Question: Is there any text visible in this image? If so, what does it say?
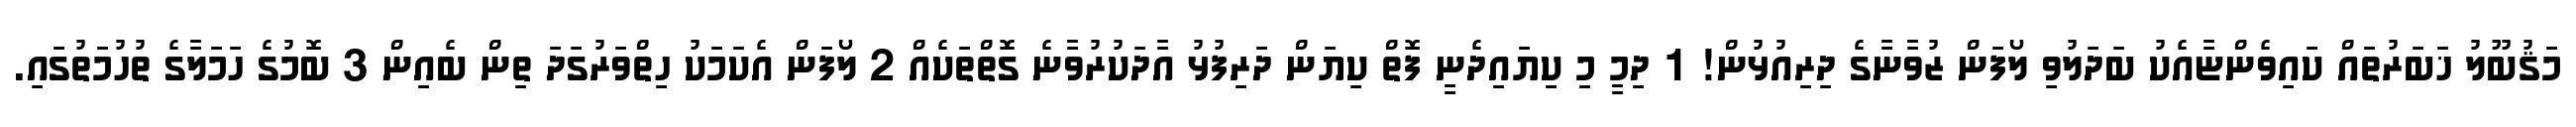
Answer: މަޤުބޫލު ޚަބަރުތައް ކައިވެންޏާއެކު ބަދަލުވި ލޯފަން ޒުވާނާގެ ދިރިއުޅުން! 1 ދިމީ މި ކިޔައިދެނީ ފޮތް ކިޔަން ދަރިފުޅު އާދަކުރުވާނެ ގޮތްތަކެއް 2 ލޯފަން އެކަމަކު ހިތްވަރުގަދަ ތިން ބެއިން 3 ބޮމުގެ ހަމަލާގެ ތުހުމަތުގައި.